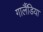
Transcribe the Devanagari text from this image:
गार्लैंडिया